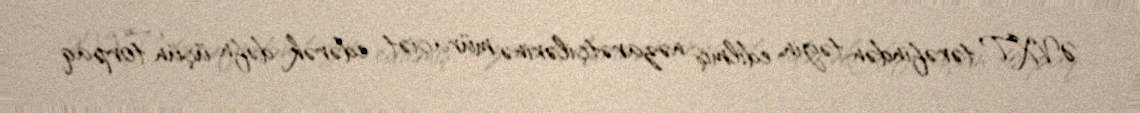
ƏVXT tərəfindən təyin edilmiş nəzarətçilərinə müraciət edərək dəfn üçün torpaq